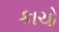
કાચો